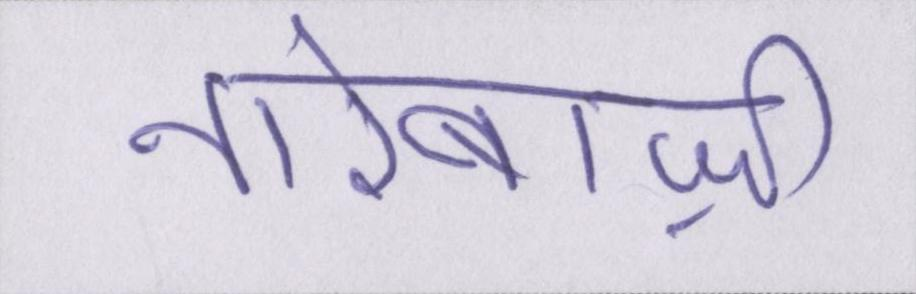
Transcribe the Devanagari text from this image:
नारेबाज़ी